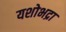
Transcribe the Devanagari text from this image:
यशोभद्रा